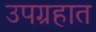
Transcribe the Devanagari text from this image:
उपग्रहात